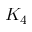
K _ { 4 }